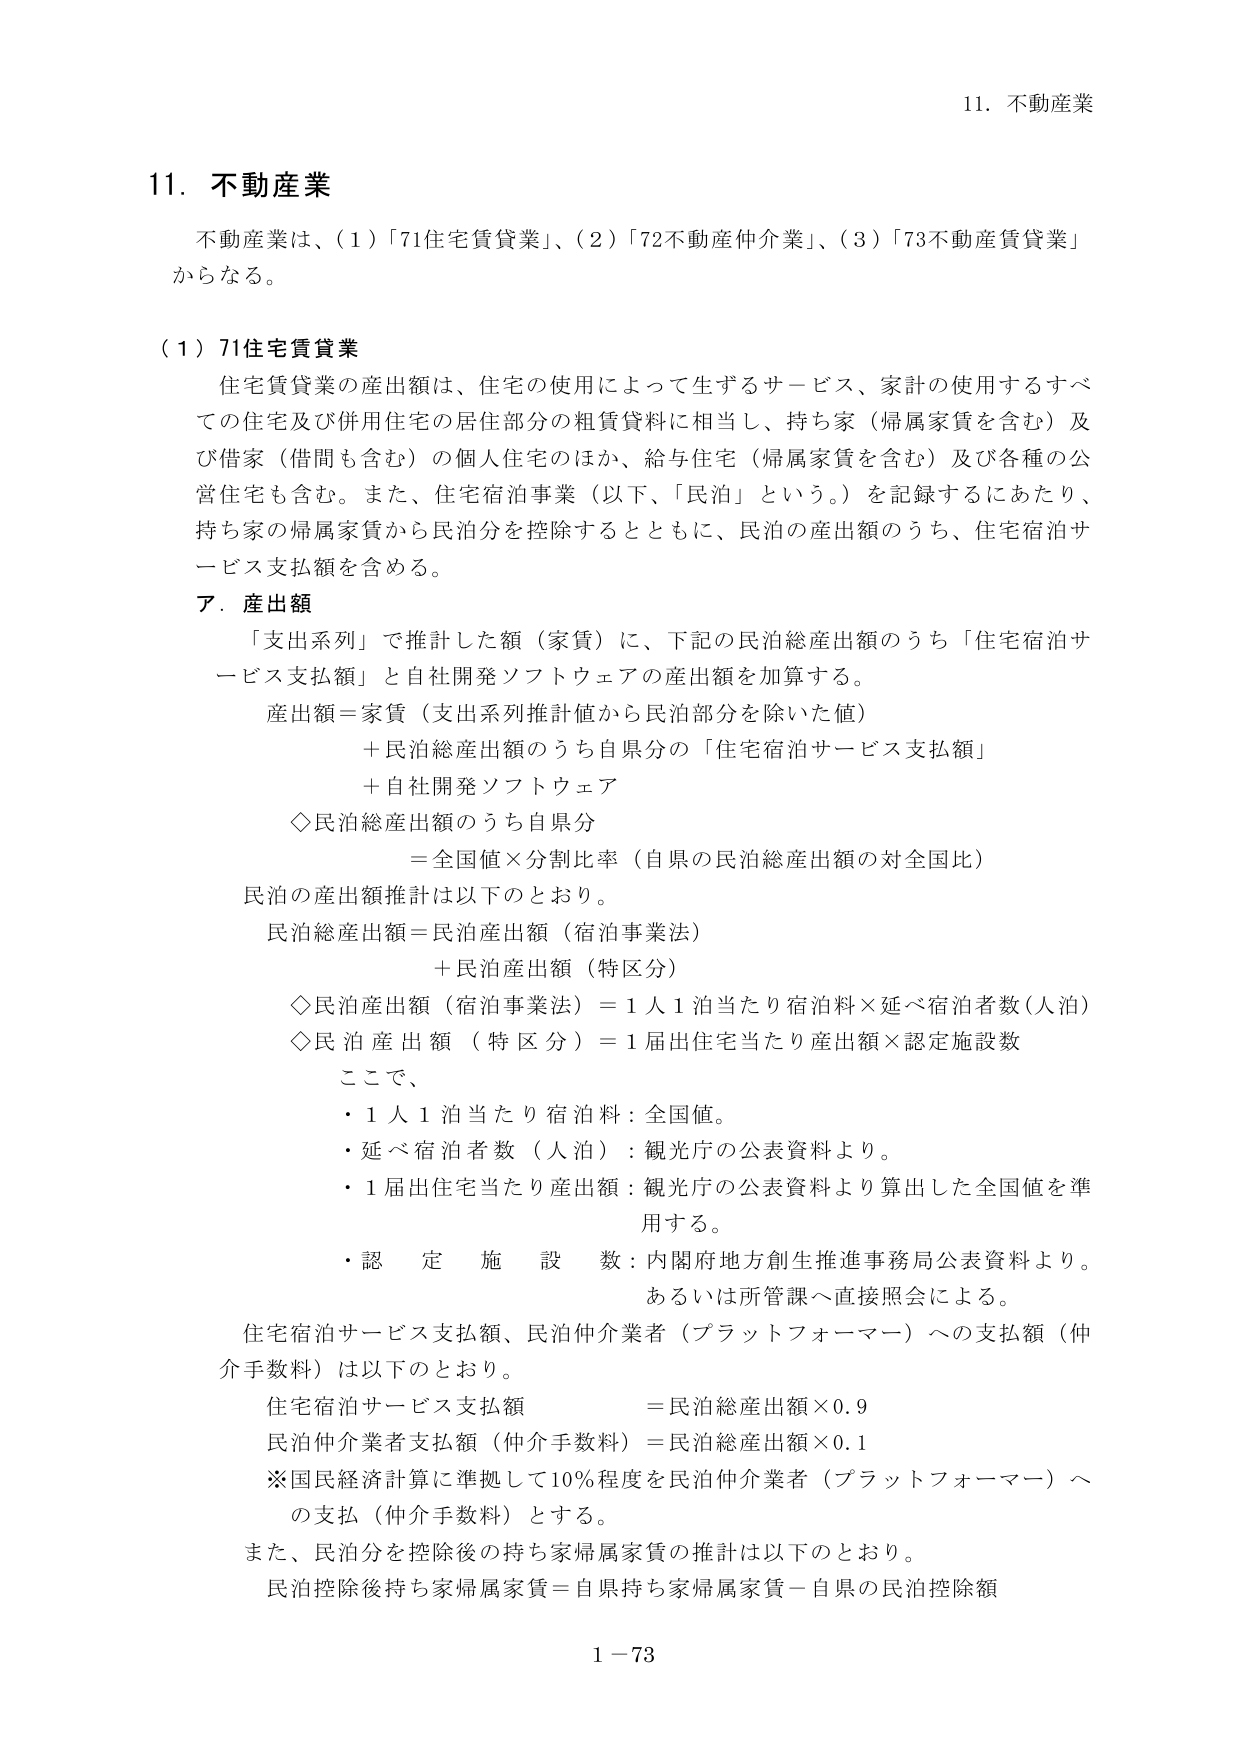
11. 不動産業

不動産業は、（1）「71住宅賃貸業」、（2）「72不動産仲介業」、（3）「73不動産賃貸業」からなる。

（1）71住宅賃貸業

住宅賃貸業の産出額は、住宅の使用によって生ずるサービス、家計の使用するすべての住宅及び併用住宅の居住部分の租賃賃料に相当し、持ち家（帰属家賃を含む）及び借家（借問も含む）の個人住宅のほか、給与住宅（帰属家賃を含む）及び各種の公営住宅も含む。また、住宅宿泊事業（以下、「民泊」という。）を記録するにあたり、持ち家の帰属家賃から民泊分を控除するとともに、民泊の産出額のうち、住宅宿泊サービス支払額を含める。

ア．産出額

「支出系列」で推計した額（家賃）に、下記の民泊総産出額のうち「住宅宿泊サービス支払額」と自社開発ソフトウェアの産出額を加算する。

産出額＝家賃（支出系列推計値から民泊部分を除いた値）
＋民泊総産出額のうち自県分の「住宅宿泊サービス支払額」
＋自社開発ソフトウェア

◇民泊総産出額のうち自県分
＝全国値×分割比率（自県の民泊総産出額の対全国比）

民泊の産出額推計は以下のとおり。

民泊総産出額＝民泊産出額（宿泊事業法）
＋民泊産出額（特区分）

◇民泊産出額（宿泊事業法）＝1人1泊当たり宿泊料×延べ宿泊者数（人泊）
◇民泊産出額（特区分）＝1届出住宅当たり産出額×認定施設数

ここで、
・1人1泊当たり宿泊料：全国値。
・延べ宿泊者数（人泊）：観光庁の公表資料より。
・1届出住宅当たり産出額：観光庁の公表資料より算出した全国値を準用する。
・認定施設数：内閣府地方創生推進事務局公表資料より。あるいは所管課へ直接照会による。

住宅宿泊サービス支払額、民泊仲介業者（プラットフォーマー）への支払額（仲介手数料）は以下のとおり。

住宅宿泊サービス支払額 ＝民泊総産出額×0.9
民泊仲介業者支払額（仲介手数料）＝民泊総産出額×0.1

※国民経済計算に準拠して10％程度を民泊仲介業者（プラットフォーマー）への支払（仲介手数料）とする。

また、民泊分を控除後の持ち家帰属家賃の推計は以下のとおり。

民泊控除後持ち家帰属家賃＝自県持ち家帰属家賃－自県の民泊控除額

1－73